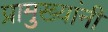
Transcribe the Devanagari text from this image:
प्रामुख्यांनी